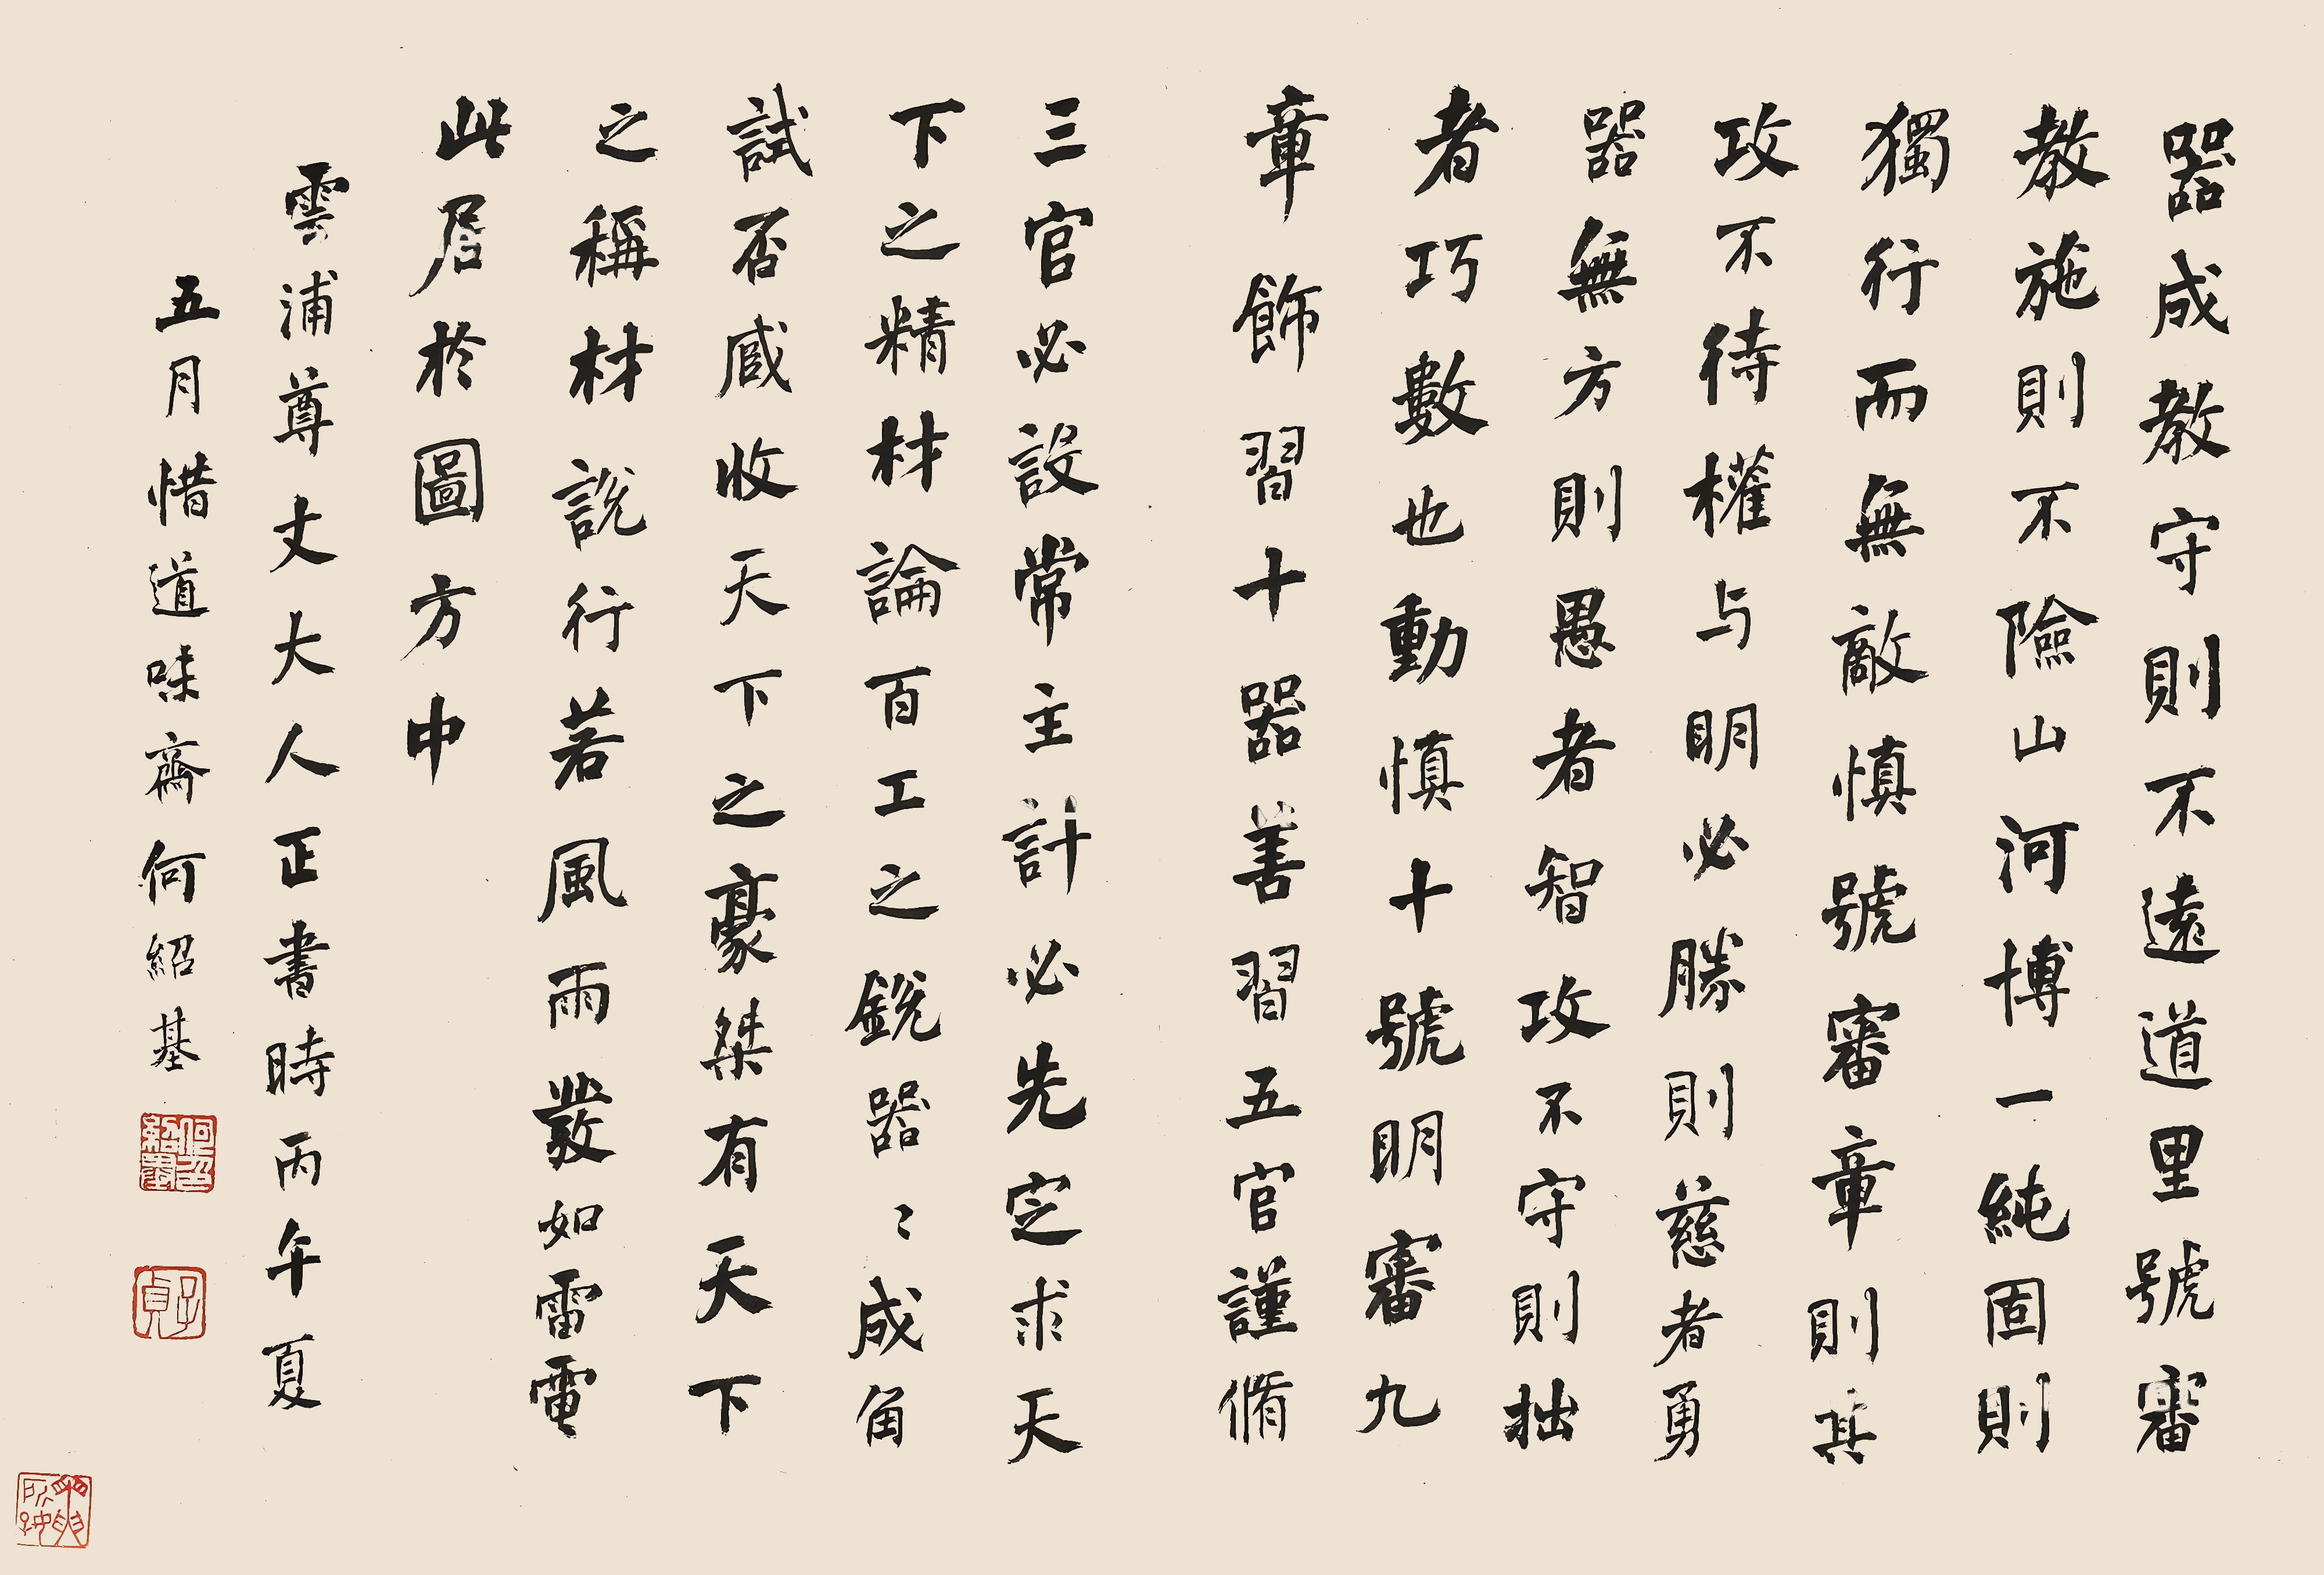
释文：器成教守，则不远道里；号审教施，则不险山河；博一纯固，则独行而无敌；慎号审章，则其攻不待权与。明必胜，则慈者勇；器无方，则愚者智；攻不守，则拙者巧，数也。动慎十号，明审九章，饰习十器，善习五官，谨修三官，必设常主，计必先定。求天下之精材，论百工之锐器，器成角试否臧。收天下之豪杰，有天下之称材，说行若风雨，发如雷电。此居于图方中。云浦尊丈大人正书，时丙午夏五月，惜道味斋何绍基。